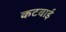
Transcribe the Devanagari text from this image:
कटवाई